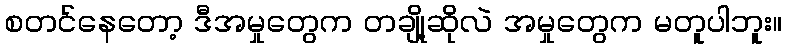
စတင်နေတော့ ဒီအမှုတွေက တချို့ဆိုလဲ အမှုတွေက မတူပါဘူး။